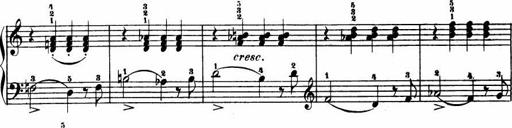
Title: Le bouquetier
Composer: Anton Diabelli
Key: G major
 C major
 F major
 C major